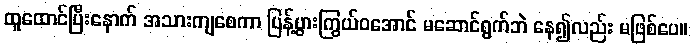
ထူထောင်ပြီးနောက် အသားကျစေကာ ပြန့်ပွားကြွယ်ဝအောင် မဆောင်ရွက်ဘဲ နေ၍လည်း မဖြစ်ပေ။